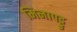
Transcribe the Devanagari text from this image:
मिनापट्टु